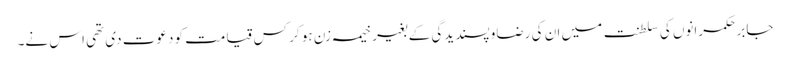
جابر حکمرانوں کی سلطنت میں ان کی رضاو پسندیدگی کے بغیر خیمہ زن ہو کر کس قیامت کو دعوت دی تھی اس نے۔